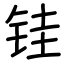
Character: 𫓯